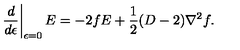
\left. \frac { d } { d \epsilon } \right| _ { \epsilon = 0 } E = - 2 f E + \frac 1 2 ( D - 2 ) \nabla ^ { 2 } f .